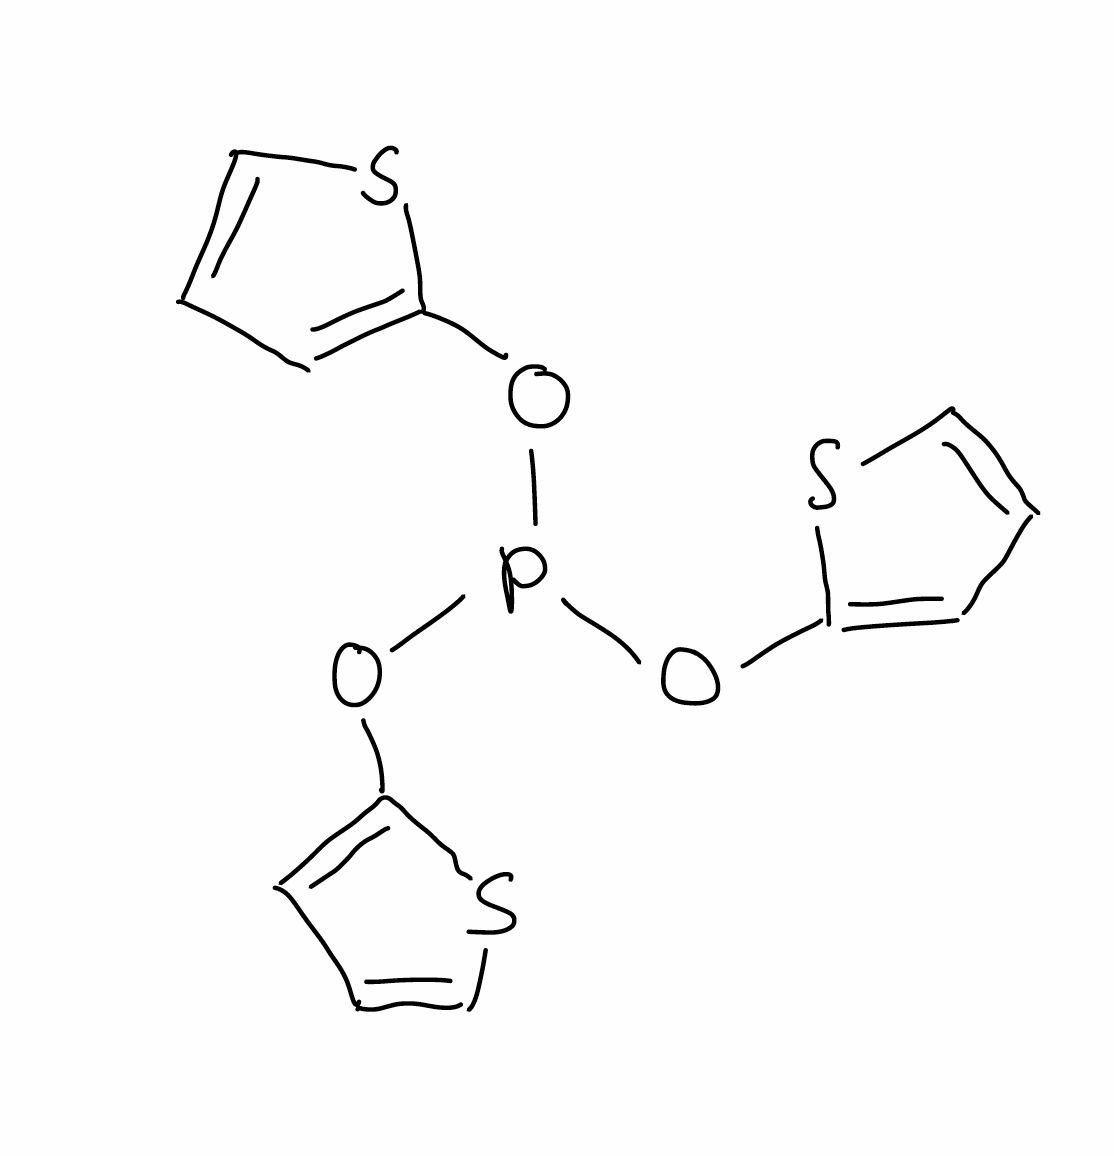
Simplified molecular-input line-entry system (SMILES) notation of the given molecule:
C1=CSC(=C1)OP(OC2=CC=CS2)OC3=CC=CS3